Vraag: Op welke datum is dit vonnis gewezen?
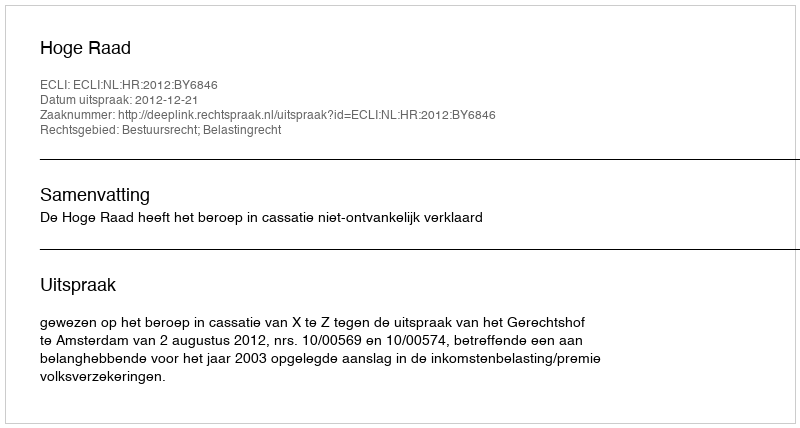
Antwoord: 2012-12-21